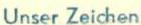
Unser Zeichen